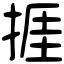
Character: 捱